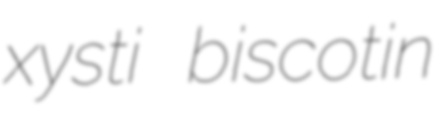
xysti biscotin